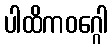
ပါထိကဝဂ္ဂေါ